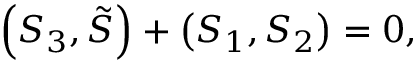
\left( S _ { 3 } , \tilde { S } \right) + \left( S _ { 1 } , S _ { 2 } \right) = 0 ,